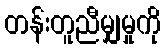
တန်းတူညီမျှမှုကို